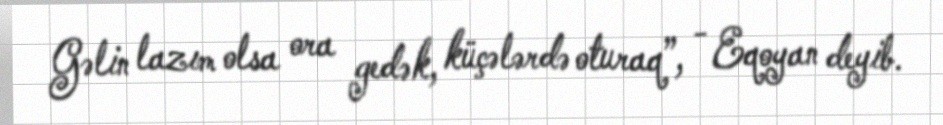
Gəlin lazım olsa ora gedək, küçələrdə oturaq”, - Eqoyan deyib.